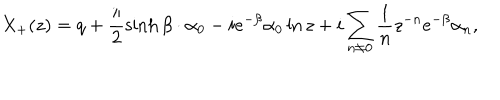
X _ { + } ( z ) = q + \frac { \pi } { 2 } \sinh \beta \cdot \alpha _ { 0 } - i e ^ { - \beta } \alpha _ { 0 } \ln z + i \sum _ { n \neq 0 } \frac { 1 } { n } z ^ { - n } e ^ { - \beta } \alpha _ { n } ,